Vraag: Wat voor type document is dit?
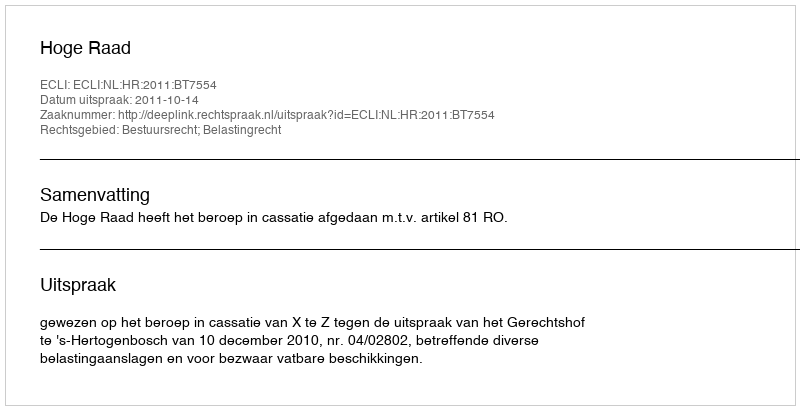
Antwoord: Uitspraak